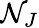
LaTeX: \mathcal{N}_{J}